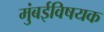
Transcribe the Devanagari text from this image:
मुंबईविषयक